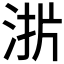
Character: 𰛫